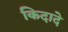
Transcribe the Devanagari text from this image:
किदादे